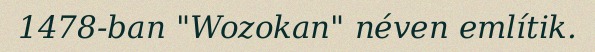
1478-ban "Wozokan" néven említik.